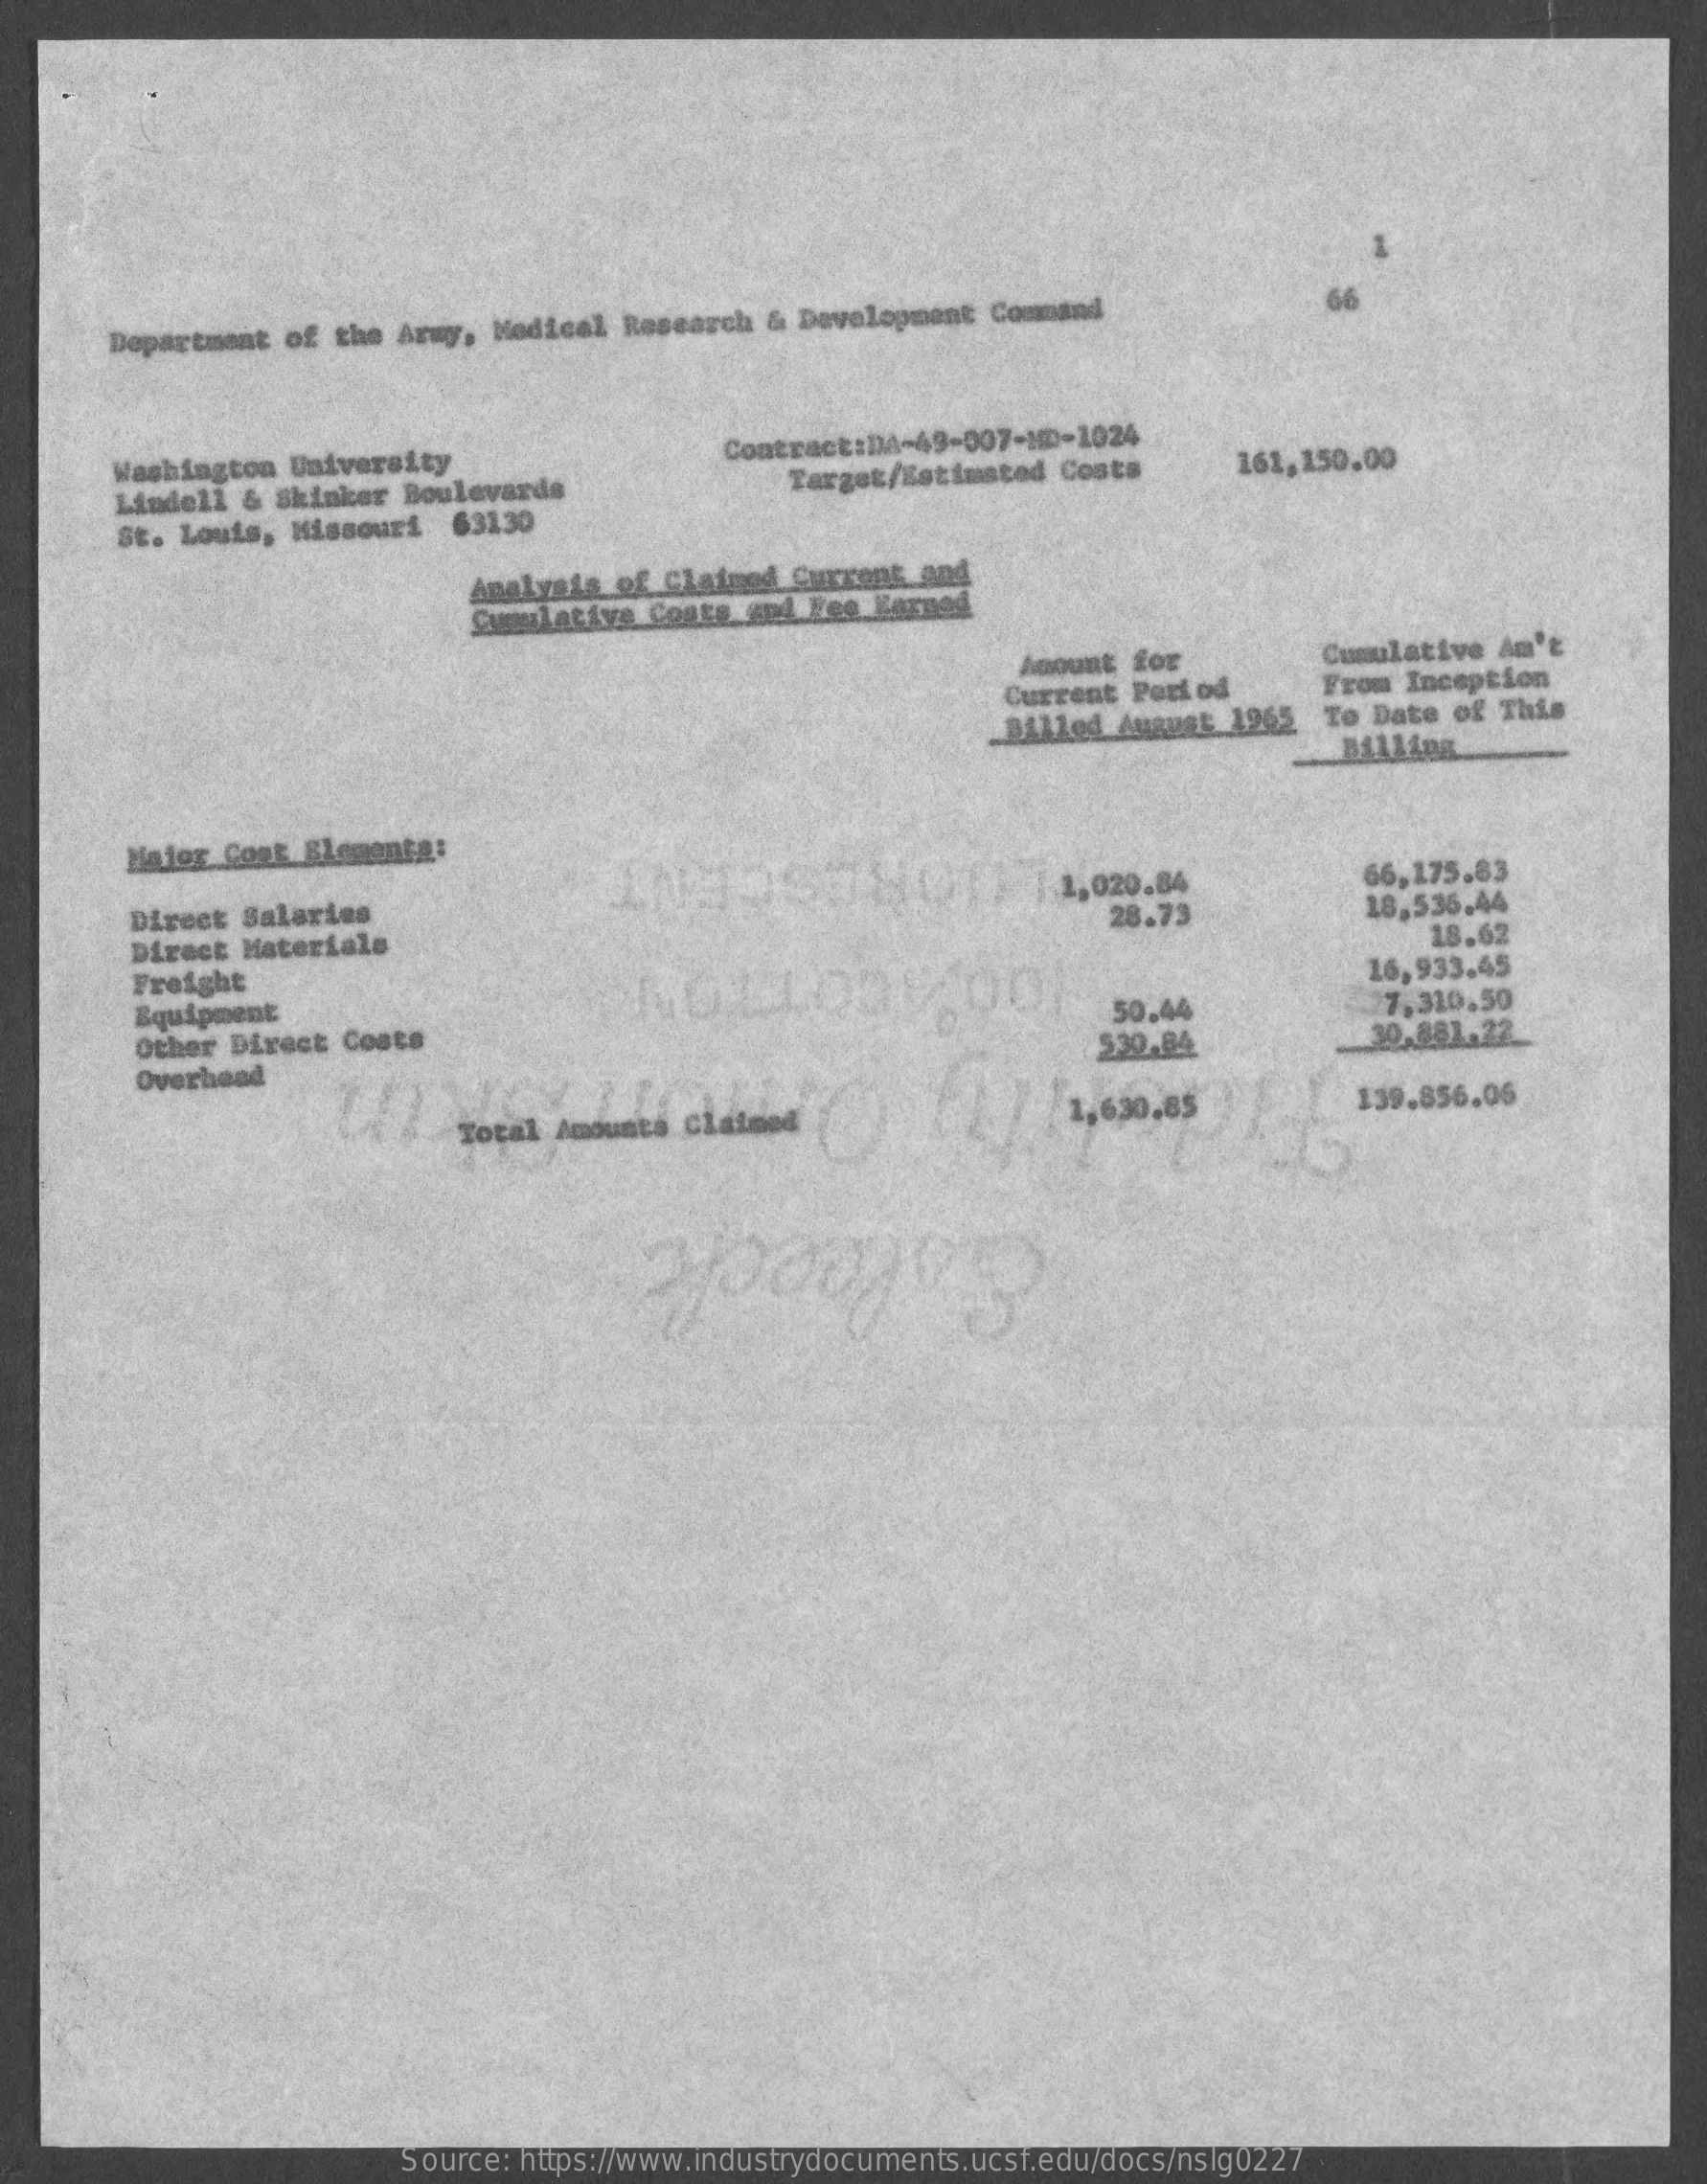
Department  of the Army, Medical  Research & Development  Command
     Washington  University
     Lindell & Skinker Boulevards
     Contract:DA-49-007-MD-1024    161,150.00
     St. Louis, Missouri   63130
     Target/Estimated Costs
     Analysis of Claimed  Current and
     Cumulativa Coste  gul Kee Kernod
     Amount for    Cumulative Am't
     Current Pori od    From Inception
     Billed August  1965  To Date of This
     Maior  Cont Elementa:
     Direct Salaries
     1,020.84    66,175,83
     Direct Materials
     28.73    18,536.44
     Freight
     18.62
     Equipment
     16,933.45
     Other Direct Costs
     50.44    7,310,50
     Overhead
     total Amounts classes    / / 1,630,05
     530.84    30,881.22
     139.856.06
     Goleeck
     Source: https://www.industrydocuments.ucsf.edu/docs/nslg0227